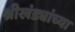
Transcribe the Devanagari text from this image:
श्रीखंड्यांच्या